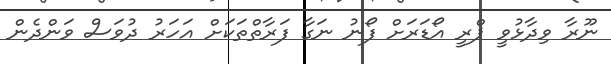
ނޫރާ ވިދާޅުވީ ޕްރީ އޯޑަރަށް ފޯނު ނަގާ ފަރާތްތަކަށް އަހަރު ދުވަސް ވަންދެން